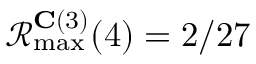
\mathcal { R } _ { \operatorname* { m a x } } ^ { \mathbf { C } ( 3 ) } ( 4 ) = 2 / 2 7